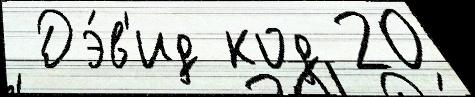
 Дэ́в'ид код 20